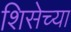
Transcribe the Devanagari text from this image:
शिसेच्या